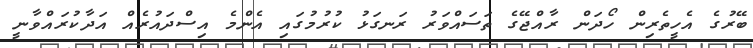
ބޭރުގެ އެހީތެރިން ހޯދަން ރާއްޖޭގެ ތަސައްވަރު ރަނގަޅު ކުރުމުގައި އެންމެ އިސްދައުރެއް އަދާކުރައްވާނީ